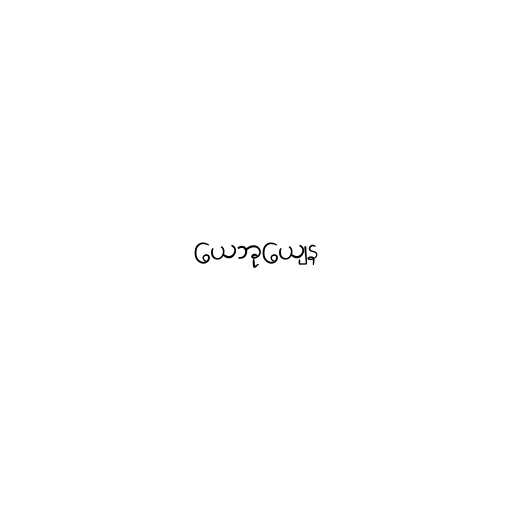
ယေဘုယျေန